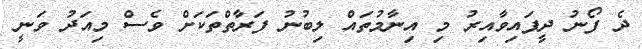
ދެ ފޯނު ދީފައިވާއިރު މި އިނާމުތައް ލިބުނު ފަރާތްތަކަށް ވެސް މިއަދު ވަނީ